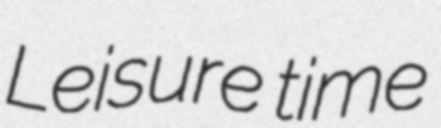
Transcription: Leisure time